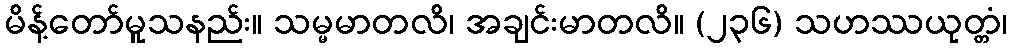
မိန့်တော်မူသနည်း။ သမ္မမာတလိ၊ အချင်းမာတလိ။ (၂၃၆) သဟဿယုတ္တံ၊